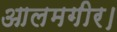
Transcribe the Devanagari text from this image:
आलमगीर।